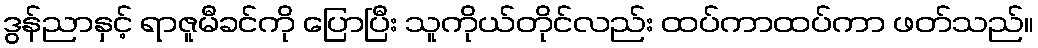
ဒွန်ညာနှင့် ရာဇူမီခင်ကို ပြောပြီး သူကိုယ်တိုင်လည်း ထပ်ကာထပ်ကာ ဖတ်သည်။